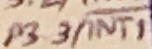
Text: P3.3/INT1